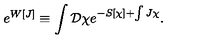
e ^ { W [ J ] } \equiv \int { \mathcal D } \chi e ^ { - S [ \chi ] + \int J \chi } .